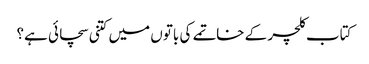
کتاب کلچر کے خاتمے کی باتوں میں کتنی سچائی ہے؟